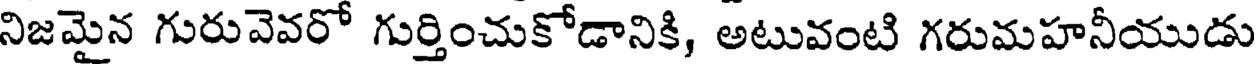
నిజమైన గురువెవరో గుర్తించుకోడానికి, అటువంటి గరుమహనీయుడు